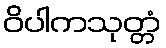
ဝိပါကသုတ္တံ